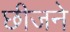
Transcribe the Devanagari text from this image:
छीजने